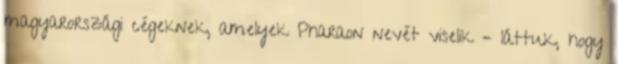
magyarországi cégeknek, amelyek Pharaon nevét viselik – láttuk, hogy